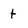
Character: t